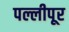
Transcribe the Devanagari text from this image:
पल्लीपूर